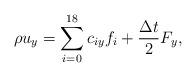
LaTeX: \begin{align*}\rho {u_y} = \sum\limits_{i = 0}^{18} {{c_{iy}}{f_i} + \frac{{\Delta t}}{2}{F_y}}, \end{align*}